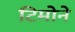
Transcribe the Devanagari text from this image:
टिमोने